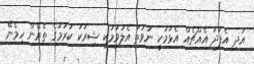
އަދި އެފަދަ އެއްޗެއް އެޅުމަކީ ނުވަތަ އެލުވުމަކީ ޝިރުކު ކުރުމުގެ ތެރޭން ހިމެނޭ